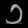
Digit: ၁